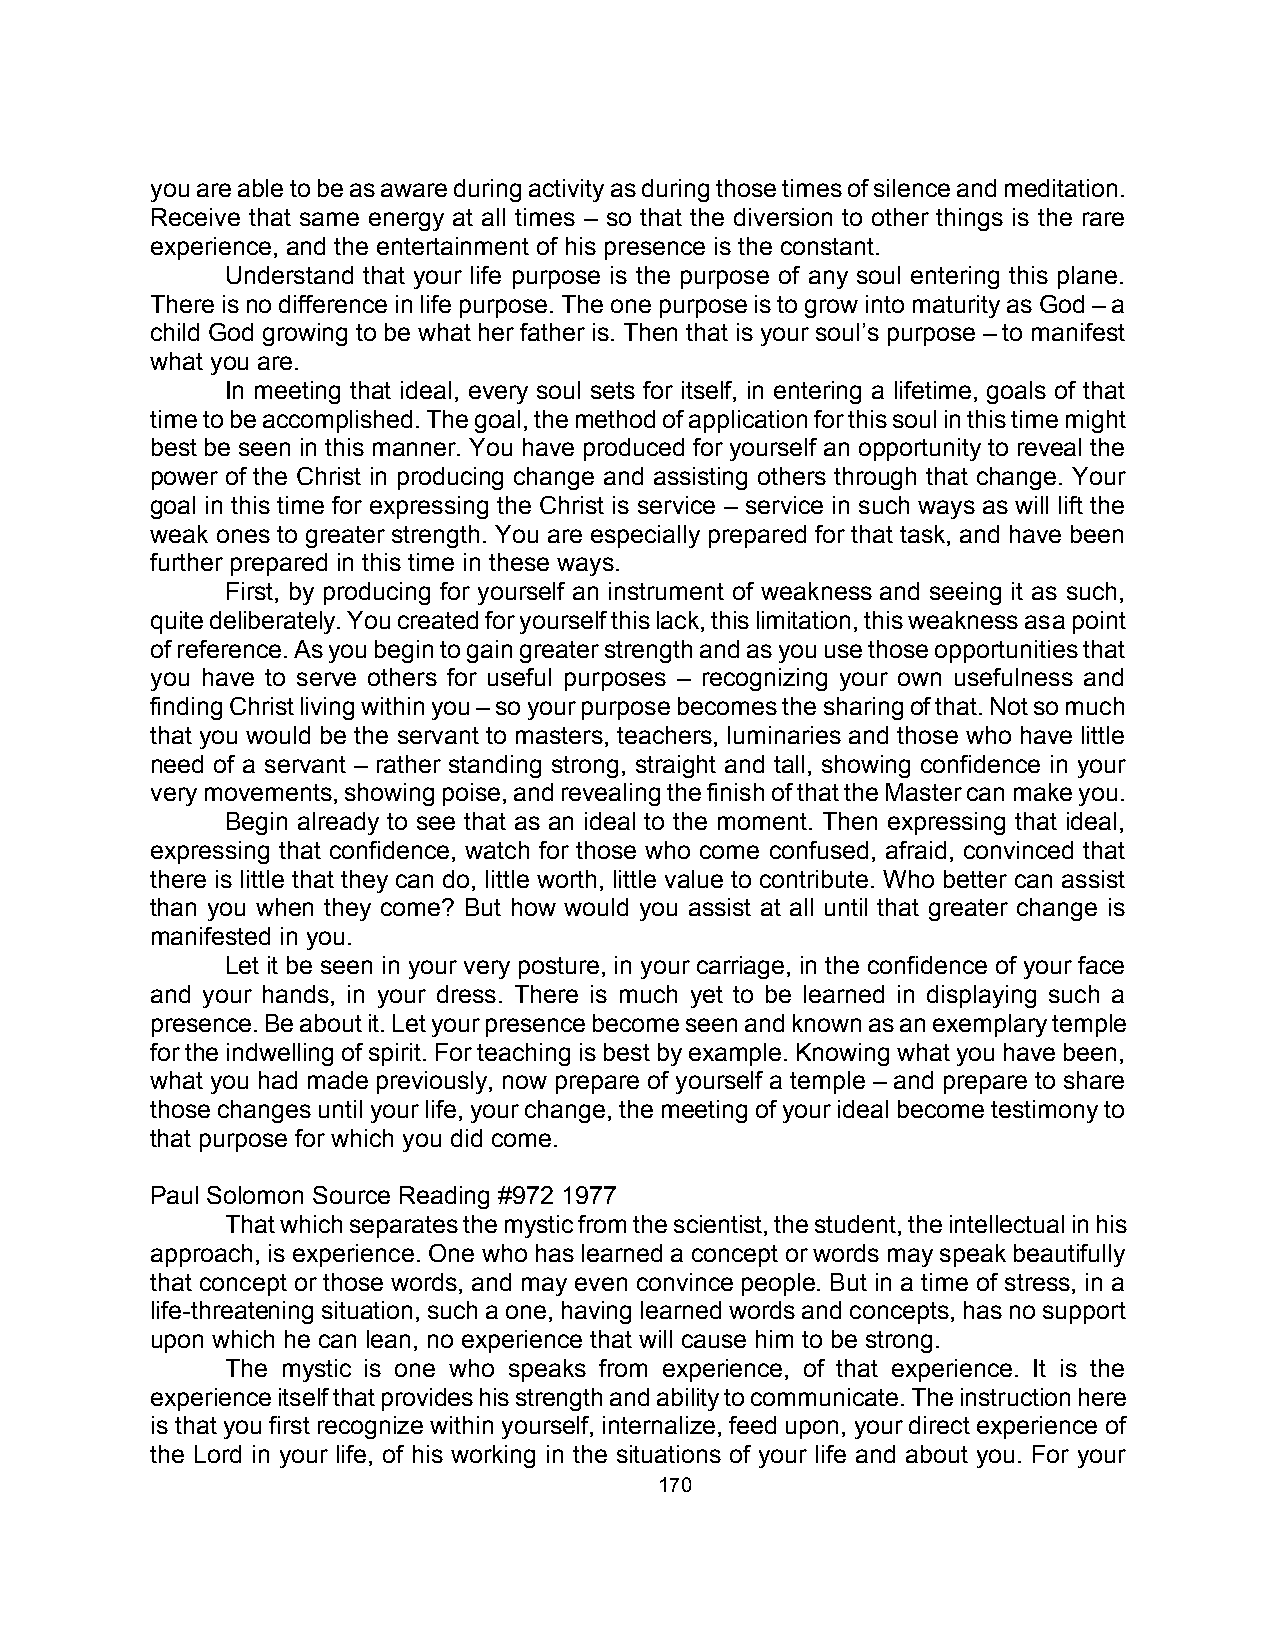
you are able to be as aware during activity as during those times of silence and meditation.
 Receive that same energy at all times – so that the diversion to other things is the rare
 experience, and the entertainment of his presence is the constant.
 Understand that your life purpose is the purpose of any soul entering this plane.
 There is no difference in life purpose. The one purpose is to grow into maturity as God – a
 child God growing to be what her father is. Then that is your soul’s purpose – to manifest
 what you are.
 In meeting that ideal, every soul sets for itself, in entering a lifetime, goals of that
 time to be accomplished. The goal, the method of application for this soul in this time might
 best be seen in this manner. You have produced for yourself an opportunity to reveal the
 power of the Christ in producing change and assisting others through that change. Your
 goal in this time for expressing the Christ is service – service in such ways as will lift the
 weak ones to greater strength. You are especially prepared for that task, and have been
 further prepared in this time in these ways.
 First, by producing for yourself an instrument of weakness and seeing it as such,
 quite deliberately. You created for yourself this lack, this limitation, this weakness as a point
 of reference. As you begin to gain greater strength and as you use those opportunities that
 you have to serve others for useful purposes – recognizing your own usefulness and
 finding Christ living within you – so your purpose becomes the sharing of that. Not so much
 that you would be the servant to masters, teachers, luminaries and those who have little
 need of a servant – rather standing strong, straight and tall, showing confidence in your
 very movements, showing poise, and revealing the finish of that the Master can make you.
 Begin already to see that as an ideal to the moment. Then expressing that ideal,
 expressing that confidence, watch for those who come confused, afraid, convinced that
 there is little that they can do, little worth, little value to contribute. Who better can assist
 than you when they come? But how would you assist at all until that greater change is
 manifested in you.
 Let it be seen in your very posture, in your carriage, in the confidence of your face
 and your hands, in your dress. There is much yet to be learned in displaying such a
 presence. Be about it. Let your presence become seen and known as an exemplary temple
 for the indwelling of spirit. For teaching is best by example. Knowing what you have been,
 what you had made previously, now prepare of yourself a temple – and prepare to share
 those changes until your life, your change, the meeting of your ideal become testimony to
 that purpose for which you did come.
 Paul Solomon Source Reading #972 1977
 That which separates the mystic from the scientist, the student, the intellectual in his
 approach, is experience. One who has learned a concept or words may speak beautifully
 that concept or those words, and may even convince people. But in a time of stress, in a
 life-threatening situation, such a one, having learned words and concepts, has no support
 upon which he can lean, no experience that will cause him to be strong.
 The mystic is one who speaks from experience, of that experience. It is the
 experience itself that provides his strength and ability to communicate. The instruction here
 is that you first recognize within yourself, internalize, feed upon, your direct experience of
 the Lord in your life, of his working in the situations of your life and about you. For your
 170